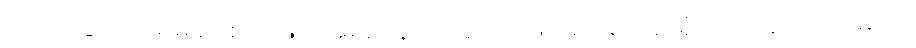
(သ၊ သဒ္ဒါသ် ပရံမုခဝါစကဖြင့် အမည်နာမ ပညတ်ဖြင့်မှတ်၍ အာရုံပြုအပ်သောကျမ်းကို